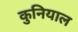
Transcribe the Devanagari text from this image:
कुनियाल